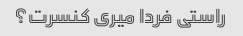
راستی فردا میری کنسرت؟